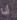
أنا